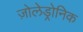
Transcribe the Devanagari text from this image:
ज़ोलेड्रोनिक